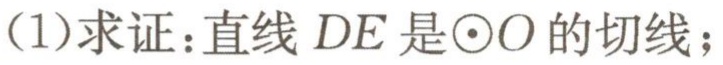
(1)求证：直线 \(DE\) 是\(\odot O\)的切线；